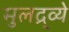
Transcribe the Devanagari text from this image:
मुलद्र्व्ये